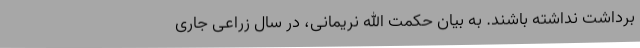
برداشت نداشته باشند. به بیان حکمت الله نریمانی، در سال زراعی جاری